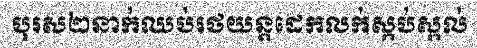
បុរស២នាក់ឈប់រថយន្តដេកលក់ស្កប់ស្កល់